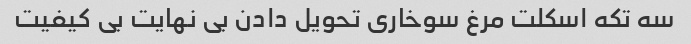
سه تکه اسکلت مرغ سوخاری تحویل دادن بی نهایت بی کیفیت